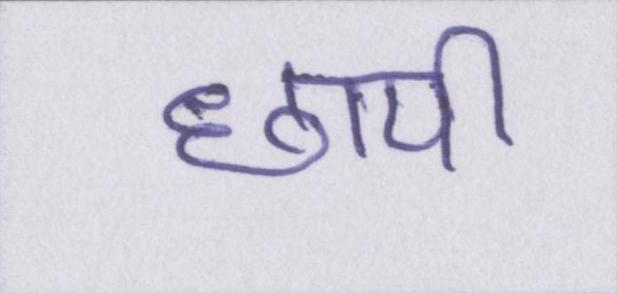
छापी